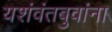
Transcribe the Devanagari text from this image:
यशंवंतबुवांना